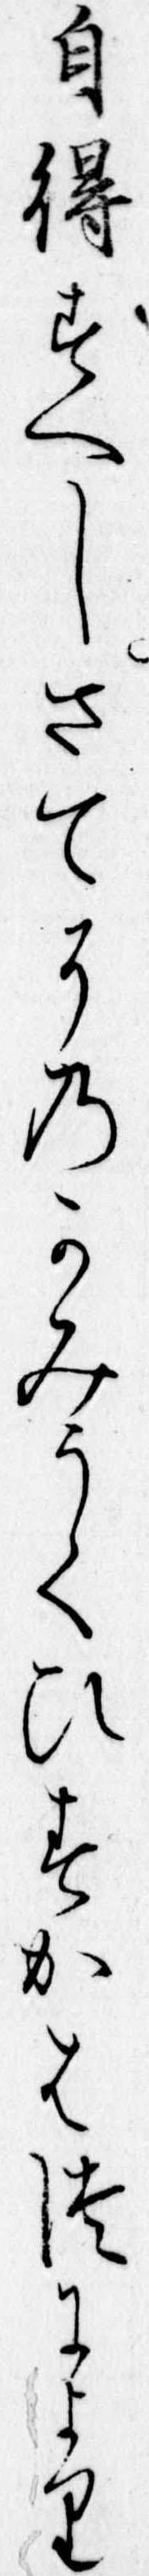
自得すへしさてそのかみうくひすかはつにより